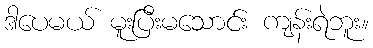
ဒါပေမယ် မူးပြီးမသောင်း ကျန်းရဲဘူး။